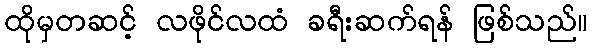
ထိုမှတဆင့် လဖိုင်လထံ ခရီးဆက်ရန် ဖြစ်သည်။